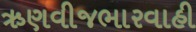
ઋણવીજભારવાહી